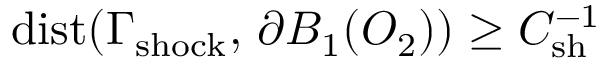
\mathrm { d i s t } ( \Gamma _ { \mathrm { s h o c k } } , \, \partial B _ { 1 } ( O _ { 2 } ) ) \geq C _ { \mathrm { s h } } ^ { - 1 }